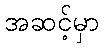
အဆင့်မှာ